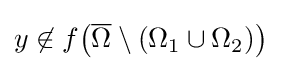
y\not \in f{\left({\overline {\Omega }}\setminus \left(\Omega _{1}\cup \Omega _{2}\right)\right)}